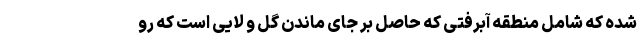
شده که شامل منطقه آبرفتی که حاصل بر جای ماندن گل و لایی است که رو